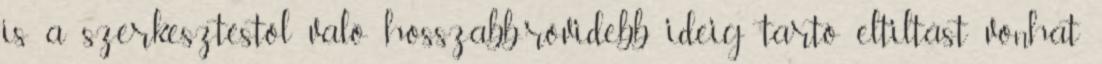
is a szerkesztéstől való hosszabb-rövidebb ideig tartó eltiltást vonhat